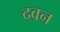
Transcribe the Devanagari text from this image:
दवन